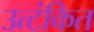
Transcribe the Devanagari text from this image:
उत्टंकित